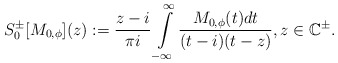
\begin{align*}S^\pm_{0}[M_{0,\phi}](z) := \frac{z - i}{\pi i} \int\limits_{-\infty}^{\infty} \frac{M_{0,\phi}(t) dt}{(t - i)(t - z)},z\in \mathbb{C}^{\pm}.\end{align*}